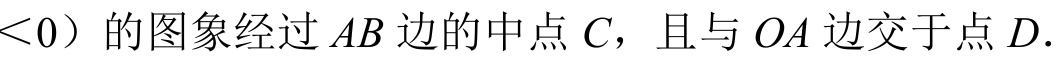
\(<0\)）的图象经过\(AB\)边的中点\(C\)，且与\(OA\)边交于点\(D\).